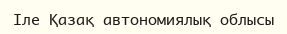
Іле Қазақ автономиялық облысы